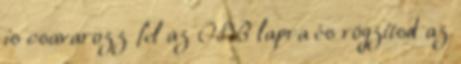
is csavarozz fel az OSB lapra és rögzítsd az